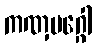
ကဏှမဂ္ဂေါ